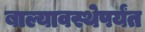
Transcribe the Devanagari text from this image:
बाल्यावस्थेपर्यंत